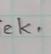
Signature authenticity: forged